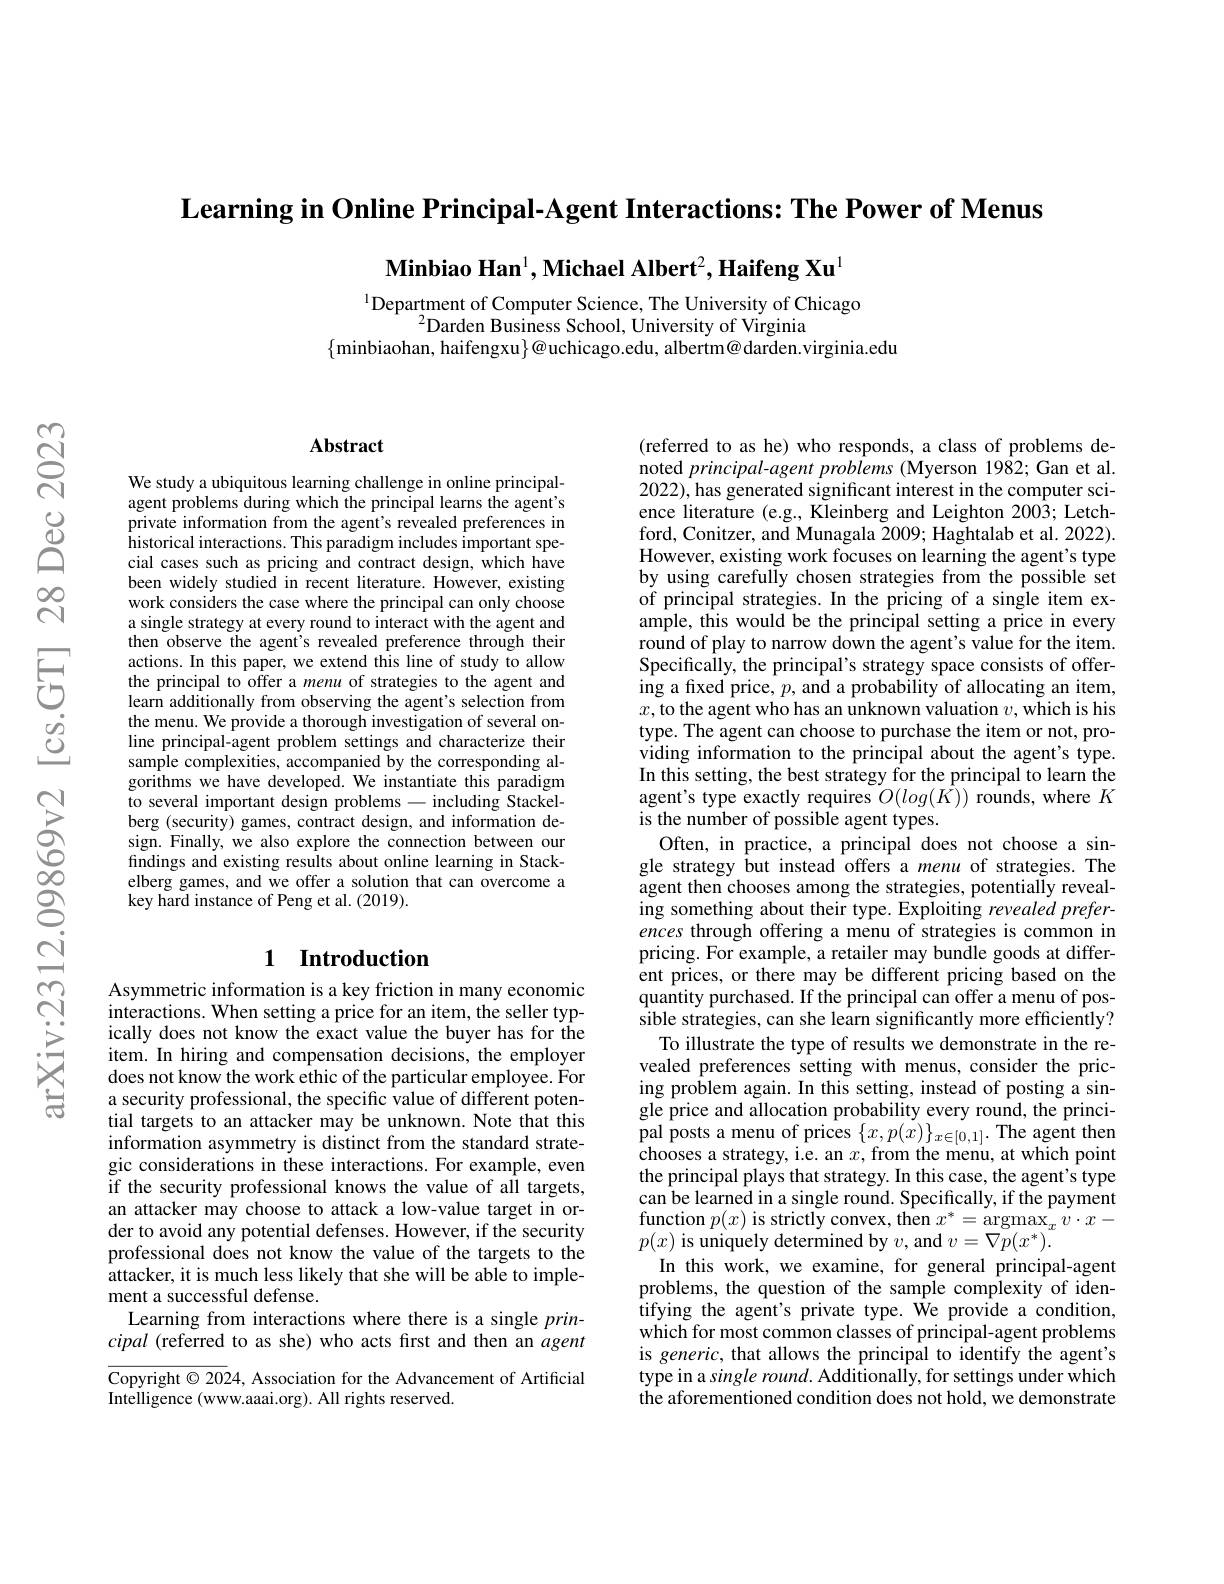
$\textbf{Learning in Online Principal- Agent Interactions: The Power of Menus}$

$\textbf{Minbiao Han}^1,\textbf{Michael Albert}^2,\textbf{Haifeng Xu}^1$

$^{1}$Department of Computer Science, The University of Chicago
$^{2}$Darden Business School, University of Virginia
$\{$minbiaohan, haifengxu$\}@$uchicago.edu, albertm@ darden.virginia.edu

### $\mathbf{Abstract}$

We study a ubiquitous learning challenge in online principalagent problems during which the principal learns the agent's private information from the agent's revealed preferences in $\dot{\text{historical interactions. This paradigm includes important spe-}}$ cial cases such as pricing and contract design, which have been widely studied in recent literature. However, existing work considers the case where the principal can only choose a single strategy at every round to interact with the agent and then observe the agent's revealed preference through their actions. In this paper, we extend this line of study to allow the principal to offer a menu of strategies to the agent and learn additionally from observing the agent's selection from the menu. We provide a thorough investigation of several online principal-agent problem settings and characterize their sample complexities, accompanied by the corresponding algorithms we have developed. We instantiate this paradigm to several important design problems -including Stackelberg (security) games, contract design, and information design. Finally, we also explore the connection between our findings and existing results about online learning in Stackelberg games, and we offer a solution that can overcome a key hard instance of Peng et al. (2019).

# 1 Introduction

Asymmetric information is a key friction in many economic $\tilde{\text{interactions. When setting a price for an item, the seller typ-}}$ ically does not know the exact value the buyer has for the item. In hiring and compensation decisions, the employer does not know the work ethic of the particular employee. For a security professional, the specific value of different potential targets to an attacker may be unknown. Note that this information asymmetry is distinct from the standard strategic considerations in these interactions. For example, even if the security professional knows the value of all targets, an attacker may choose to attack a low-value target in order to avoid any potential defenses. However, if the security professional does not know the value of the targets to the attacker, it is much less likely that she will be able to implement a successful defense.
Learning from interactions where there is a single $prin-$ cipal (referred to as she) who acts frst and then an agent

Copyright $\odot2024$, Association for the Advancement of Artificial
Intelligence (www.aaai.org). All rights reserved.

(referred to as he) who responds, a class of problems denoted $principal-agent$ problems (Myerson 1982; Gan et al. 2022), has generated significant interest in the computer science literature (e.g., Kleinberg and Leighton 2003; Letchford, Conitzer, and Munagala 2009; Haghtalab et al. 2022). However, existing work focuses on learning the agent's type by using carefully chosen strategies from the possible set of principal strategies. In the pricing of a single item example, this would be the principal setting a price in every round of play to narrow down the agent's value for the item. Specifically, the principal's strategy space consists of offering a fixed price, $p$, and a probability of allocating an item, $x$,to the agent who has an unknown valuation $v$,which is his type. The agent can choose to purchase the item or not, providing information to the principal about the agent's type. In this setting, the best strategy for the principal to learn the agent's type exactly requires $O(log(\hat{K}))$ rounds, where $K$ is the number of possible agent types.
Often, in practice, a principal does not choose a single strategy but instead offers a menu of strategies. The agent then chooses among the strategies, potentially revealing something about their type. Exploiting revealed preferences through offering a menu of strategies is common in pricing. For example, a retailer may bundle goods at different prices, or there may be different pricing based on the quantity purchased. If the principal can offer a menu of possible strategies, can she learn significantly more efficiently? To illustrate the type of results we demonstrate in the revealed preferences setting with menus, consider the pricing problem again. In this setting, instead of posting a single price and allocation probability every round, the principal posts a menu of prices $\{x,p(\dot{x})\}_{x\in[0,1]}.$ The agent then chooses a strategy, i.e. an $x$,from the menu, at which point the principal plays that strategy. In this case, the agent's type can be learned in a single round. Specifically, if the payment $\operatorname*{function}p(x)$ is strictly convex, then $x^*=\operatorname*{argmax}_{x}v\cdot x-$ $p(x)$ is uniquely determined by $v$,and $v=\bar{\nabla p}(x^*).$
In this work, we examine, for general principal-agent problems, the question of the sample complexity of identifying the agent's private type. We provide a condition, which for most common classes of principal-agent problems is generic, that allows the principal to identify the agent's type in a single round. Additionally, for settings under which the aforementioned condition does not hold, we demonstrate